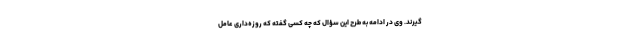
گیرند. وی در ادامه به طرح این سؤال که چه کسی گفته که روزه‌داری عامل